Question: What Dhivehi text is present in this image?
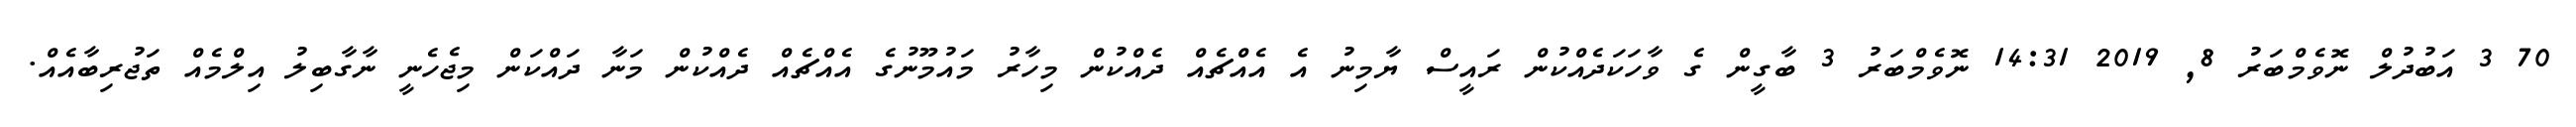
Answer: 70 3 އަބުދުލް ނޮވެމްބަރު 8, 2019 14:31 ނޮވެމްބަރު 3 ބާގީން ގެ ވާހަކަދެއްކުން ރައީސް ޔާމިނު އެ އެއްޗެއް ދެއްކުން މިހާރު މައުމޫނުގެ އެއްޗެއް ދެއްކުން މަނާ ދައްކަން މިޖެހެނީ ނާގާބިލު އިލްމެއް ތަޖުރިބާއެއް.